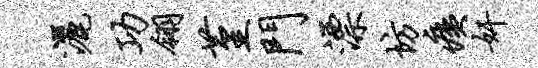
洒功翎堇门漂坊痍奸